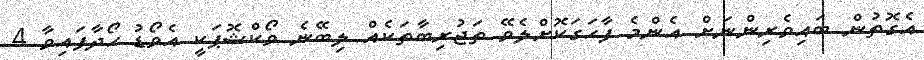
އެގޮތުން ބައިވެރިންނަށް އެންމެ ފާހަގަކޮށްލެވޭ ތަޖުރިބާތަކެއް ލިބޭނެ ވޯކްޝޮޕަކީ އެވޯޑު ހޯދާފައިވާ 4